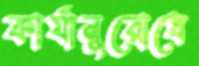
কার্যানুরোধে